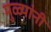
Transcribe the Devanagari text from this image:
मुळ्यांनी